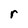
Character: r